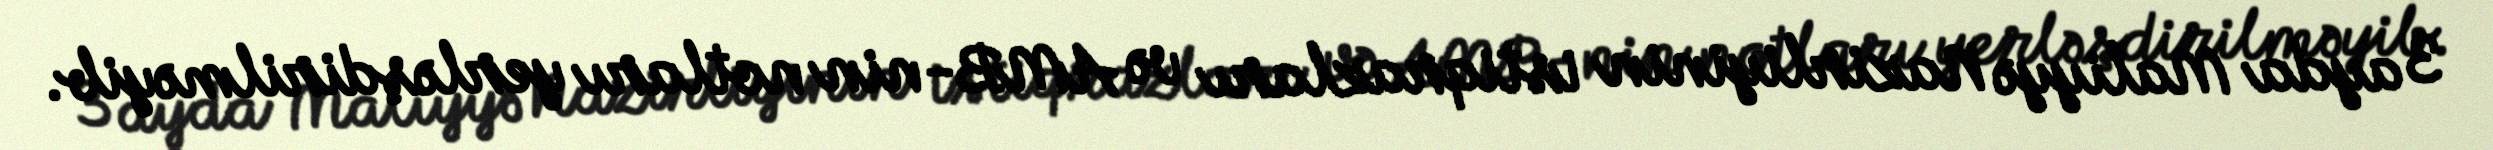
3 ayda Maliyyə Nazirliyinin istiqrazları və AMB-nin notları yerləşdirilməyib.